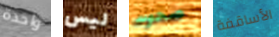
واحدة ليس صحوت الأساقفة